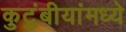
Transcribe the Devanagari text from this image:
कुटुंबीयांमध्ये